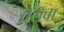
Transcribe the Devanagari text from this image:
तलबा